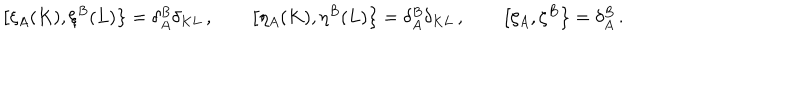
LaTeX: \left[ \xi _ { A } ( K ) , \xi ^ { B } ( L ) \right\} = \delta _ { A } ^ { B } \delta _ { K L } \, , \qquad \left[ \eta _ { A } ( K ) , \eta ^ { B } ( L ) \right\} = \delta _ { A } ^ { B } \delta _ { K L } \, , \qquad \left[ \zeta _ { A } , \zeta ^ { B } \right\} = \delta _ { A } ^ { B } \, .